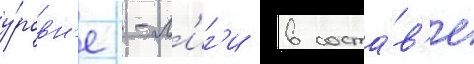
у́ровн'е -л'иг'и в соста́в'е